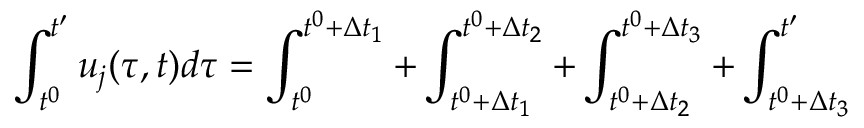
\int _ { t ^ { 0 } } ^ { t ^ { \prime } } u _ { j } ( \tau , t ) d \tau = \int _ { t ^ { 0 } } ^ { t ^ { 0 } + \Delta t _ { 1 } } + \int _ { t ^ { 0 } + \Delta t _ { 1 } } ^ { t ^ { 0 } + \Delta t _ { 2 } } + \int _ { t ^ { 0 } + \Delta t _ { 2 } } ^ { t ^ { 0 } + \Delta t _ { 3 } } + \int _ { t ^ { 0 } + \Delta t _ { 3 } } ^ { t ^ { \prime } }